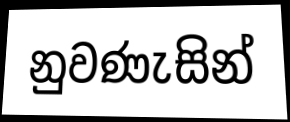
නුවණැසින්